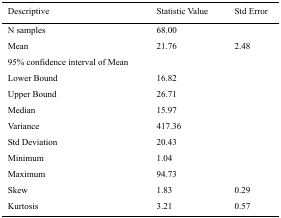
| Descriptive | Statistic Value | Std Error |
 | --- | --- | --- |
 | N samples | 68.00 |  |
 | Mean | 21.76 | 2.48 |
 | 95% confidence interval of Mean |  |  |
 | Lower Bound | 16.82 |  |
 | Upper Bound | 26.71 |  |
 | Median | 15.97 |  |
 | Variance | 417.36 |  |
 | Std Deviation | 20.43 |  |
 | Minimum | 1.04 |  |
 | Maximum | 94.73 |  |
 | Skew | 1.83 | 0.29 |
 | Kurtosis | 3.21 | 0.57 |